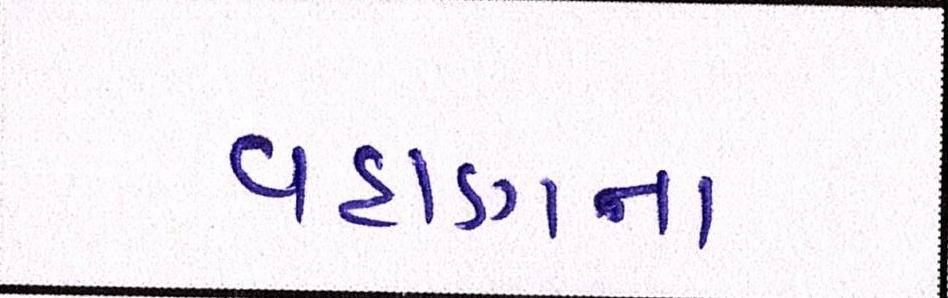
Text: વહાણના